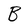
Character: B